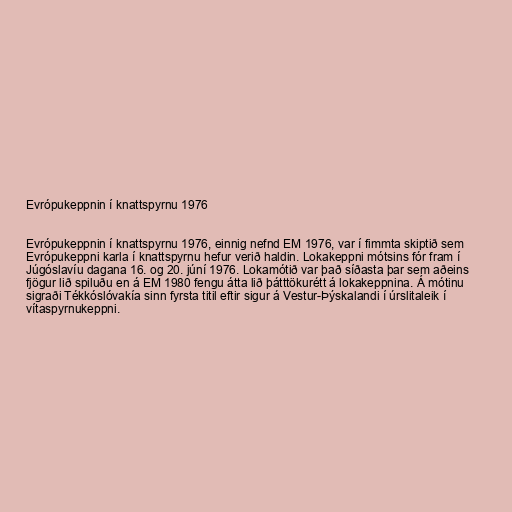
Evrópukeppnin í knattspyrnu 1976

Evrópukeppnin í knattspyrnu 1976, einnig nefnd EM 1976, var í fimmta skiptið sem
Evrópukeppni karla í knattspyrnu hefur verið haldin. Lokakeppni mótsins fór fram í
Júgóslavíu dagana 16. og 20. júní 1976. Lokamótið var það síðasta þar sem aðeins
fjögur lið spiluðu en á EM 1980 fengu átta lið þátttökurétt á lokakeppnina. Á mótinu
sigraði Tékkóslóvakía sinn fyrsta titil eftir sigur á Vestur-Þýskalandi í úrslitaleik í
vítaspyrnukeppni.